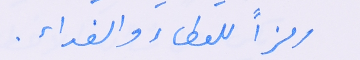
رمزاً للعطاء والفداء.